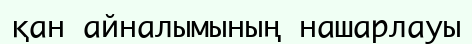
қан айналымының нашарлауы